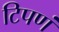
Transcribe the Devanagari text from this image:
टिपणं